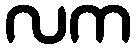
လက